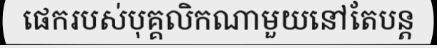
ផេករបស់បុគ្គលិកណាមួយនៅតែបន្ត